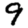
Digit: 9